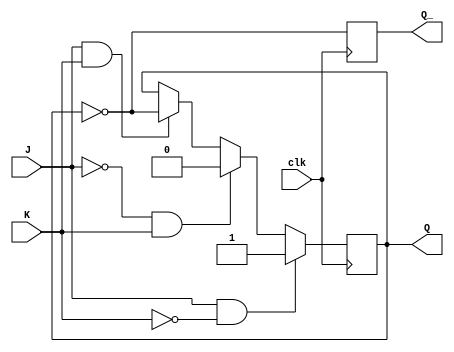
module JK_flipflop (
    input J,
    input K,
    input clk,
    output reg Q,
    output reg Q_
);

always @(posedge clk) begin
    if (J && !K) begin
        Q <= 1;
    end else if (!J && K) begin
        Q <= 0;
    end else if (J && K) begin
        Q <= ~Q;
    end
    Q_ <= ~Q;
end

endmodule